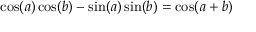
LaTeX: \cos ( a ) \cos ( b ) - \sin ( a ) \sin ( b ) = \cos ( a + b )